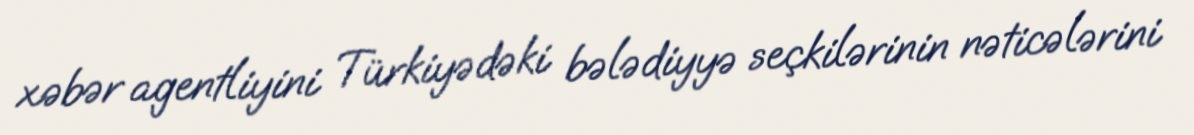
xəbər agentliyini Türkiyədəki bələdiyyə seçkilərinin nəticələrini